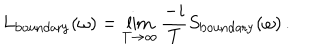
L _ { \mathrm { b o u n d a r y } } ( \omega ) = \lim _ { T \to \infty } \frac { - i } { T } S _ { \mathrm { b o u n d a r y } } ( \omega ) \, .